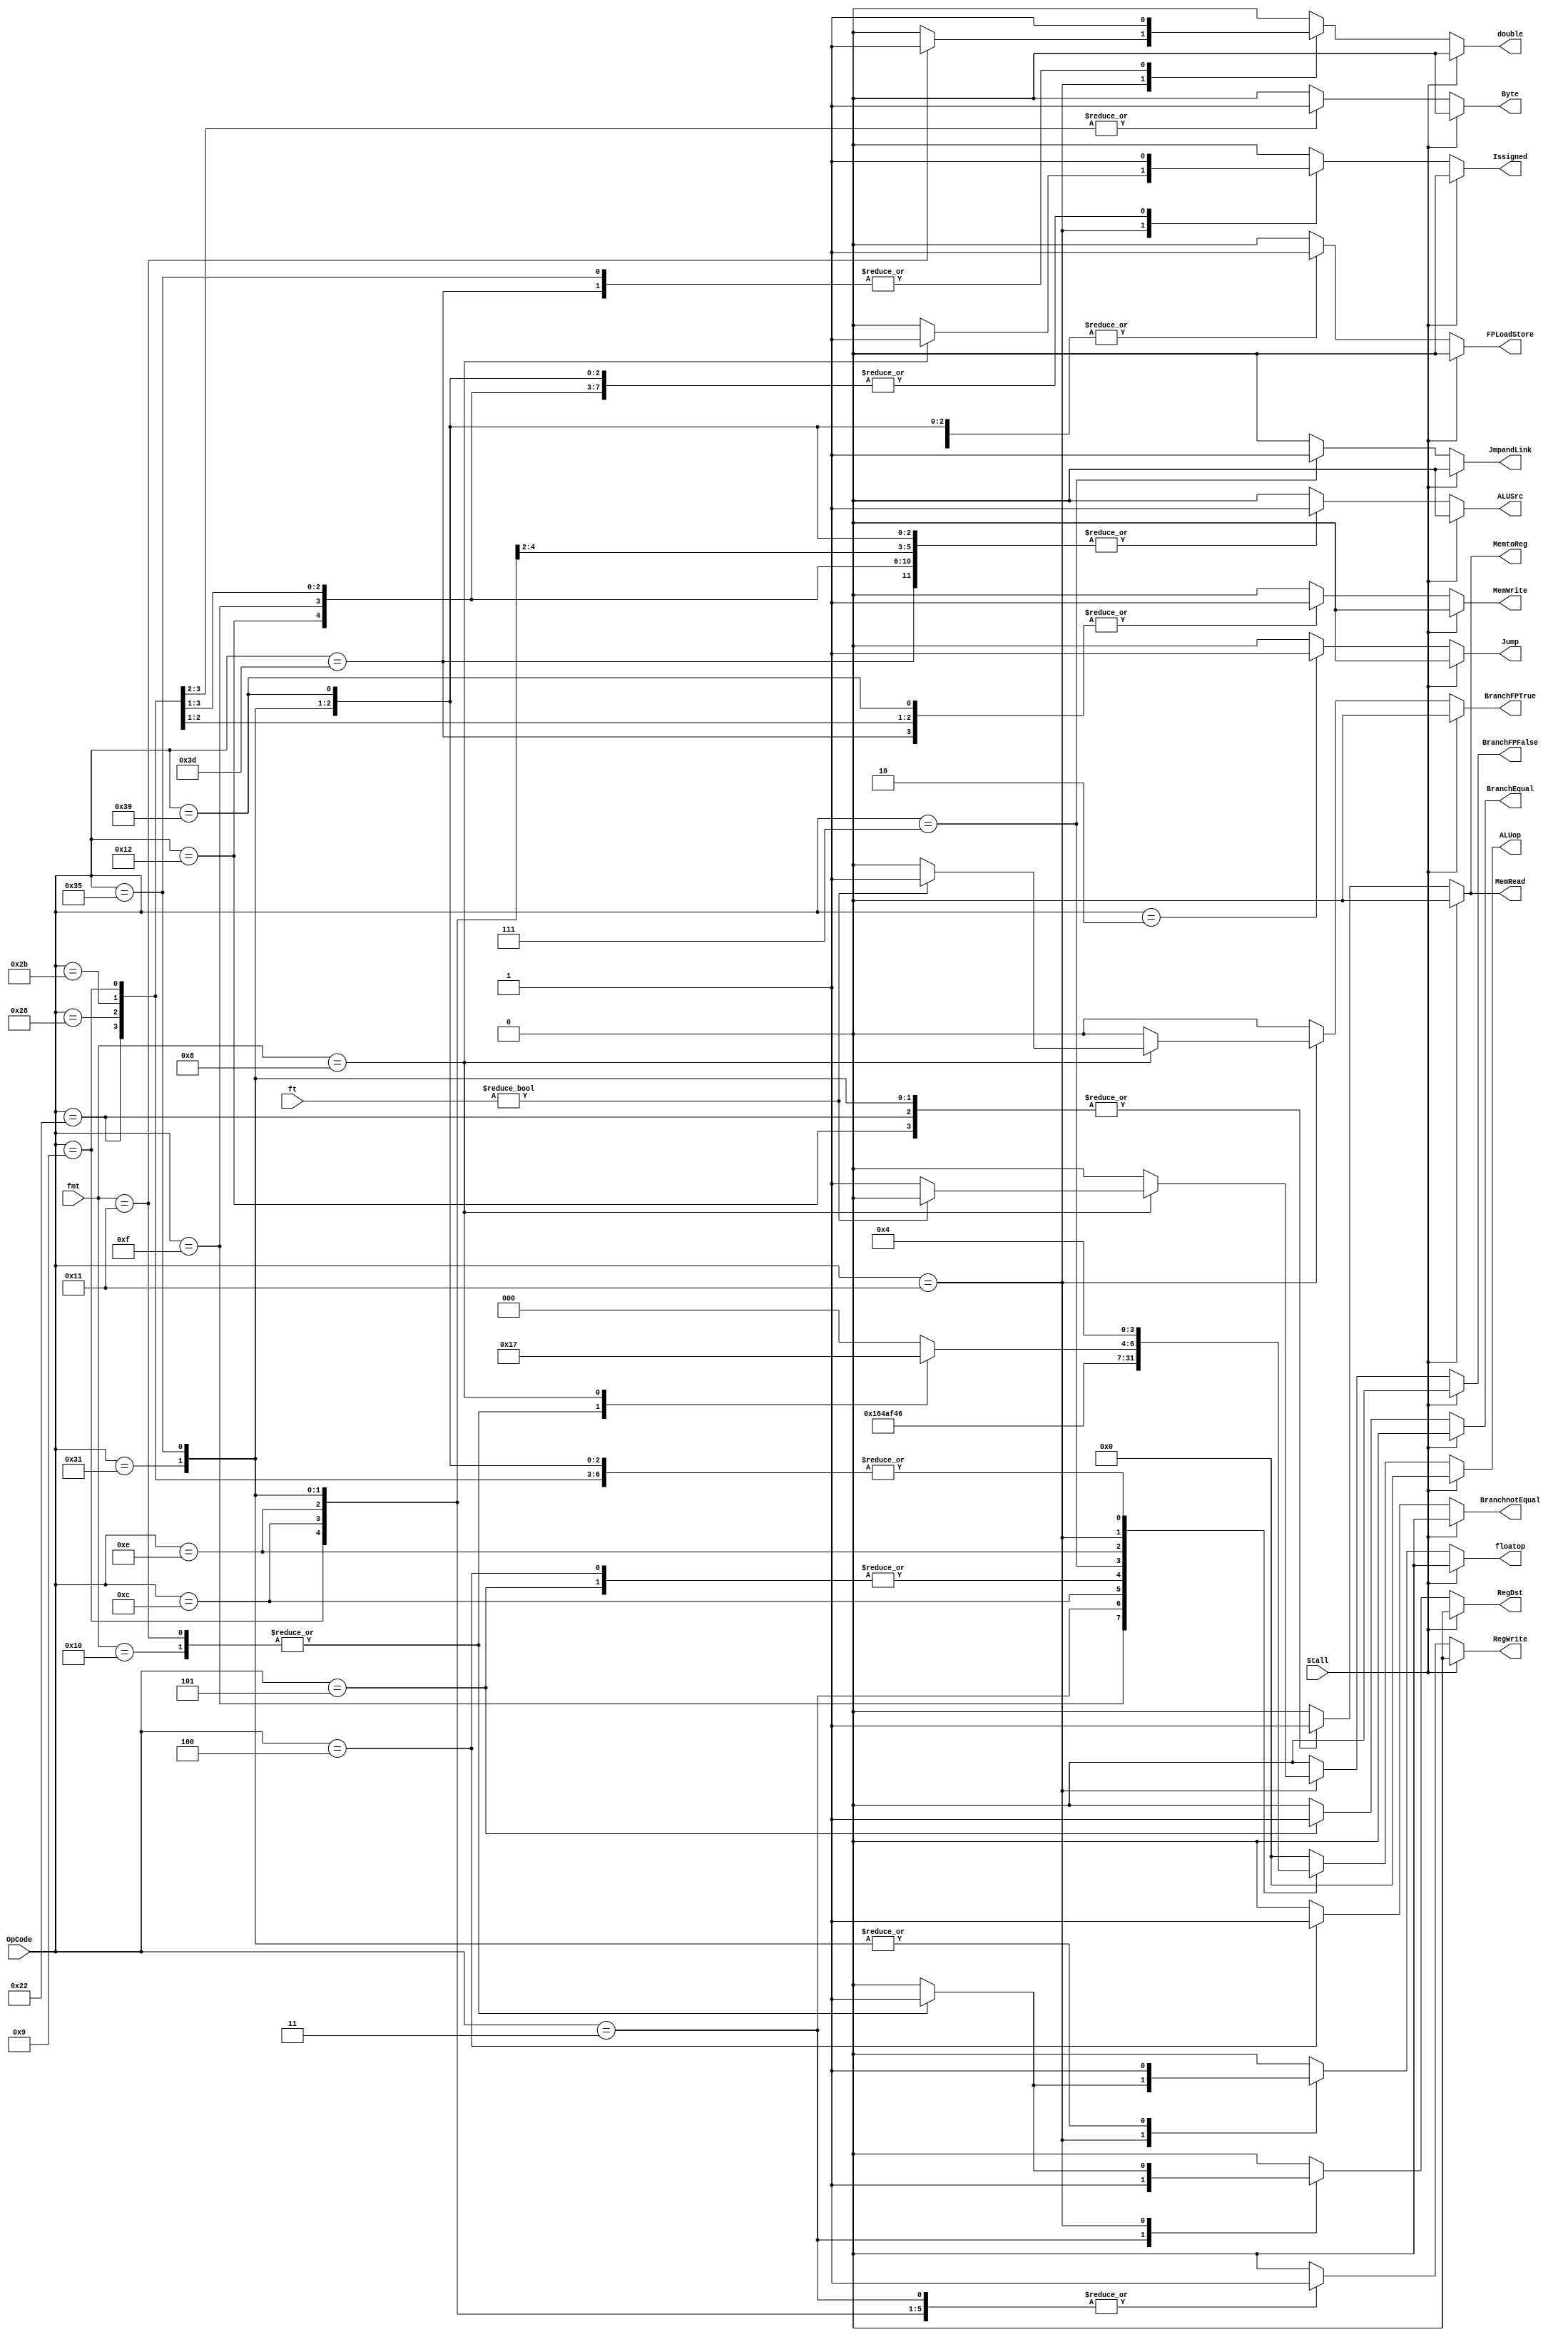
module ControlUnit (FPLoadStore, Byte, RegDst, RegWrite, MemtoReg, Jump, JmpandLink, MemRead, MemWrite, BranchEqual, BranchnotEqual, BranchFPTrue, BranchFPFalse, ALUop, ALUSrc,
						  floatop, Issigned, double, OpCode, Stall, fmt, ft);
						  						  
// input
	input [5:0] OpCode;
	input Stall;
	input [4:0] fmt, ft;
	
// output	
	output reg RegDst, RegWrite, MemtoReg, Jump, JmpandLink, MemRead, MemWrite, BranchEqual, BranchnotEqual, ALUSrc, floatop, Issigned, double,
				  Byte, BranchFPFalse, BranchFPTrue, FPLoadStore;
	output reg [3:0] ALUop;

	initial 
		begin
			FPLoadStore <= 0;
			BranchFPFalse <= 0;
			BranchFPTrue <= 0;
			floatop <= 0;
			RegDst <= 0; 
			RegWrite <= 0;
			MemtoReg <= 0;
			Jump <= 0;
			JmpandLink <= 0;
			MemRead <= 0;
			MemWrite <= 0;
			BranchEqual <= 0;
			BranchnotEqual <= 0;
			ALUSrc <= 0;
			Issigned <= 0;
			Byte <= 0;
			double <= 0;
			ALUop <= 4'h0;
		end
	
//check for the opCode in the instruction and assign the control signals
	always @ (*) begin
	
		if(Stall == 1)
			begin
				FPLoadStore <= 0;
				BranchFPFalse <= 0;
				BranchFPTrue <= 0;
				floatop <= 0;
				RegDst <= 0; 
				RegWrite <= 0;
				MemtoReg <= 0;
				Jump <= 0;
				JmpandLink <= 0;
				MemRead <= 0;
				MemWrite <= 0;
				BranchEqual <= 0;
				BranchnotEqual <= 0;
				ALUSrc <= 0;
				Issigned <= 0;
				Byte <= 0;
				double <= 0;
				ALUop <= 4'h0;
			end
			
		else
			begin
				case(OpCode)
				
				default:
					begin
						floatop <= 0;
						RegDst <= 0; 
						double <= 0;
						RegWrite <= 0;
						FPLoadStore <= 0;
						MemtoReg <= 0;
						Jump <= 0;
						JmpandLink <= 0;
						MemRead <= 0;
						MemWrite <= 0;
						BranchEqual <= 0;
						BranchnotEqual <= 0;
						ALUSrc <= 0;
						Issigned <= 0;
						Byte <= 0;
						BranchFPFalse <= 0;
						BranchFPTrue <= 0;
						ALUop <= 4'h0;
					end
					
				//load word
				6'h12:
					begin
						RegDst <= 0; 
						RegWrite <= 1;
						FPLoadStore <= 0;
						double <= 0;
						MemtoReg <= 1;
						Jump <= 0;
						JmpandLink <= 0;
						MemRead <= 1;
						MemWrite <= 0;
						BranchEqual <= 0;
						BranchnotEqual <= 0;
						ALUSrc <= 1;
						Issigned <= 1;
						Byte <= 0;
						floatop <= 0;
						BranchFPFalse <= 0;
						BranchFPTrue <= 0;
						ALUop <= 4'h4;
					end
					
				//Load Upper Immediate
				6'hf:
					begin
						RegDst <= 0; 
						RegWrite <= 1;
						double <= 0;
						MemtoReg <= 0;
						Jump <= 0;
						JmpandLink <= 0;
						FPLoadStore <= 0;
						MemRead <= 0;
						MemWrite <= 0;
						BranchEqual <= 0;
						BranchnotEqual <= 0;
						ALUSrc <= 1; //extended imm
						Issigned <= 1;
						Byte <= 0;
						floatop <= 0;
						BranchFPFalse <= 0;
						BranchFPTrue <= 0;
						ALUop <= 4'hb; //sll 16 for op2 
					end
					
				//Load Byte Unsigned
				6'h22:
					begin
						RegDst <= 0; 
						RegWrite <= 1;
						MemtoReg <= 1;
						Jump <= 0;
						JmpandLink <= 0;
						FPLoadStore <= 0;
						double <= 0;
						MemRead <= 1;
						MemWrite <= 0;
						BranchEqual <= 0;
						BranchnotEqual <= 0;
						ALUSrc <= 1;
						Issigned <= 1;
						Byte <= 1;
						floatop <= 0;
						BranchFPFalse <= 0;
						BranchFPTrue <= 0;
						ALUop <= 4'h4;
					end
					
				//Store Byte
				6'h28:
					begin
						RegDst <= 0; 
						RegWrite <= 0;
						MemtoReg <= 0;
						Jump <= 0;
						JmpandLink <= 0;
						double <= 0;
						FPLoadStore <= 0;
						MemRead <= 0;
						MemWrite <= 1;
						BranchEqual <= 0;
						BranchnotEqual <= 0;
						ALUSrc <= 1;
						Issigned <= 1;
						Byte <= 1;
						floatop <= 0;
						BranchFPFalse <= 0;
						BranchFPTrue <= 0;
						ALUop <= 4'h4;
					end
						
				//store word
				6'h2b:
					begin
						RegDst <= 0; 
						RegWrite <= 0;
						MemtoReg <= 0;
						Jump <= 0;
						JmpandLink <= 0;
						FPLoadStore <= 0;
						MemRead <= 0;
						MemWrite <= 1;
						BranchEqual <=0;
						double <= 0;
						BranchnotEqual <= 0;
						ALUSrc <= 1;
						Issigned <= 1;
						Byte <= 0;
						floatop <= 0;
						BranchFPFalse <= 0;
						BranchFPTrue <= 0;
						ALUop <= 4'h4;
					end
					
				//R instructions
				6'h3:
					begin
						RegDst <= 1; 
						RegWrite <= 1;
						MemtoReg <= 0;
						Jump <= 0;
						JmpandLink <= 0;
						FPLoadStore <= 0;
						MemRead <= 0;
						MemWrite <= 0;
						BranchEqual <= 0;
						double <= 0;
						BranchnotEqual <= 0;
						ALUSrc <= 0;
						Issigned <= 0;
						Byte <= 0;
						floatop <= 0;
						BranchFPFalse <= 0;
						BranchFPTrue <= 0;
						ALUop <= 4'h2;
					end
					
				//addi
				6'h9:
					begin
						RegDst <= 0; 
						RegWrite <= 1;
						MemtoReg <= 0;
						Jump <= 0;
						JmpandLink <= 0;
						MemRead <= 0;
						MemWrite <= 0;
						BranchEqual <= 0;
						FPLoadStore <= 0;
						double <= 0;
						BranchnotEqual <= 0;
						ALUSrc <= 1;
						Issigned <= 0;
						Byte <= 0;
						floatop <= 0;
						BranchFPFalse <= 0;
						BranchFPTrue <= 0;
						BranchFPFalse <= 0;
						BranchFPTrue <= 0;
						ALUop <= 4'h4;
					end

				//andi
				6'hc:
					begin
						RegDst <= 0; 
						RegWrite <= 1;
						MemtoReg <= 0;
						Jump <= 0;
						JmpandLink <= 0;
						FPLoadStore <= 0;
						MemRead <= 0;
						MemWrite <= 0;
						BranchEqual <= 0;
						double <= 0;
						BranchnotEqual <= 0;
						ALUSrc <= 1;
						Issigned <= 0;
						Byte <= 0;
						floatop <= 0;
						BranchFPFalse <= 0;
						BranchFPTrue <= 0;
						BranchFPFalse <= 0;
						BranchFPTrue <= 0;
						ALUop <= 4'h5;
					end
				
				//branch on equal
				6'h5:
					begin
						RegDst <= 0; 
						RegWrite <= 0;
						MemtoReg <= 0;
						Jump <= 0;
						JmpandLink <= 0;
						FPLoadStore <= 0;
						MemRead <= 0;
						MemWrite <= 0;
						double <= 0;
						BranchEqual <= 1;
						BranchnotEqual <= 0;
						ALUSrc <= 0;
						Issigned <= 1;
						Byte <= 0;
						floatop <= 0;
						BranchFPFalse <= 0;
						BranchFPTrue <= 0;
						ALUop <= 4'h7; 
					end
					
				//Branch Not Equal
				6'h4:
					begin
						RegDst <= 0; 
						RegWrite <= 0;
						MemtoReg <= 0;
						FPLoadStore <= 0;
						Jump <= 0;
						JmpandLink <= 0;
						double <= 0;
						MemRead <= 0;
						MemWrite <= 0;
						BranchEqual <= 0;
						BranchnotEqual <= 1;
						ALUSrc <= 0;
						Issigned <= 1;
						Byte <= 0;
						floatop <= 0;
						BranchFPFalse <= 0;
						BranchFPTrue <= 0;
						ALUop <= 4'h7;
					end
					
				//Jump and Link
				6'h7:
					begin
						RegDst <= 0; 
						RegWrite <= 1;
						MemtoReg <= 0;
						Jump <= 0;
						JmpandLink <= 1;
						FPLoadStore <= 0;
						MemRead <= 0;
						MemWrite <= 0;
						BranchEqual <= 0;
						double <= 0;
						BranchnotEqual <= 0;
						ALUSrc <= 0;
						Issigned <= 0;
						Byte <= 0;
						floatop <= 0;
						BranchFPFalse <= 0;
						BranchFPTrue <= 0;
						ALUop <= 4'ha;
					end
						
				//Jump
				6'h2:
					begin
						RegDst <= 0; 
						RegWrite <= 0;
						MemtoReg <= 0;
						Jump <= 1;
						JmpandLink <= 0;
						FPLoadStore <= 0;
						MemRead <= 0;
						MemWrite <= 0;
						BranchEqual <= 0;
						double <= 0;
						BranchnotEqual <= 0;
						ALUSrc <= 0;
						Issigned <= 0;
						Byte <= 0;
						floatop <= 0;
						BranchFPFalse <= 0;
						BranchFPTrue <= 0;
						ALUop <= 4'h0;
					end
						
				//Or immediate
				6'he:
					begin
						RegDst <= 0; 
						RegWrite <= 1;
						MemtoReg <= 0;
						Jump <= 0;
						JmpandLink <= 0;
						FPLoadStore <= 0;
						MemRead <= 0;
						MemWrite <= 0;
						BranchEqual <= 0;
						double <= 0;
						BranchnotEqual <= 0;
						ALUSrc <= 1;
						Issigned <= 0;
						Byte <= 0;
						floatop <= 0;
						BranchFPFalse <= 0;
						BranchFPTrue <= 0;
						ALUop <= 4'h3;
					end
					
				// FR and FI instructions
				6'h11:
					begin
						case(fmt)
							default:
								begin
									floatop <= 0;
									RegDst <= 0; 
									RegWrite <= 0;
									MemtoReg <= 0;
									Jump <= 0;
									JmpandLink <= 0;
									FPLoadStore <= 0;
									MemRead <= 0;
									MemWrite <= 0;
									BranchEqual <= 0;
									BranchnotEqual <= 0;
									ALUSrc <= 0;
									Issigned <= 0;
									Byte <= 0;
									BranchFPFalse <= 0;
									BranchFPTrue <= 0;
									double <= 0;
									ALUop <= 4'h0;
								end
								
							// compare and add single
							5'h10:
								begin
									floatop <= 1;
									RegDst <= 1; 
									RegWrite <= 0;
									MemtoReg <= 0;
									FPLoadStore <= 0;
									Jump <= 0;
									JmpandLink <= 0;
									MemRead <= 0;
									MemWrite <= 0;
									BranchEqual <= 0;
									BranchnotEqual <= 0;
									ALUSrc <= 0;
									Issigned <= 0;
									Byte <= 0;
									BranchFPFalse <= 0;
									BranchFPTrue <= 0;
									double <= 0;
									ALUop <= 4'h2;
								end
									
							// compare and add double
							5'h11:
								begin
									floatop <= 1;
									RegDst <= 1; 
									RegWrite <= 0;
									MemtoReg <= 0;
									FPLoadStore <= 0;
									Jump <= 0;
									JmpandLink <= 0;
									MemRead <= 0;
									MemWrite <= 0;
									BranchEqual <= 0;
									BranchnotEqual <= 0;
									ALUSrc <= 0;
									Issigned <= 0;
									Byte <= 0;
									BranchFPFalse <= 0;
									BranchFPTrue <= 0;
									double <= 1;
									ALUop <= 4'h2;
								end
								
							//Branch FP on True and False
							5'h8:
								if(ft) // Branch on true
									begin
										RegDst <= 0; 
										RegWrite <= 0;
										MemtoReg <= 0;
										Jump <= 0;
										JmpandLink <= 0;
										FPLoadStore <= 0;
										MemRead <= 0;
										MemWrite <= 0;
										double <= 0;
										BranchEqual <= 0;
										BranchnotEqual <= 0;
										ALUSrc <= 0;
										Issigned <= 1;
										Byte <= 0;
										floatop <= 0;
										BranchFPFalse <= 0;
										BranchFPTrue <= 1;
										ALUop <= 4'h7; 
									end
									
								else // Branch on false
									begin
										RegDst <= 0; 
										RegWrite <= 0;
										MemtoReg <= 0;
										Jump <= 0;
										JmpandLink <= 0;
										FPLoadStore <= 0;
										MemRead <= 0;
										MemWrite <= 0;
										double <= 0;
										BranchEqual <= 0;
										BranchnotEqual <= 0;
										ALUSrc <= 0;
										Issigned <= 1;
										Byte <= 0;
										floatop <= 0;
										BranchFPFalse <= 1;
										BranchFPTrue <= 0;
										ALUop <= 4'h7; 
									end
						endcase
					end
					
				// FP load single
				6'h31:
					begin
						floatop <= 1;
						RegDst <= 0; 
						RegWrite <= 1;
						MemtoReg <= 1;
						Jump <= 0;
						double <= 0;
						FPLoadStore <= 1;
						JmpandLink <= 0;
						MemRead <= 1;
						MemWrite <= 0;
						BranchEqual <= 0;
						BranchnotEqual <= 0;
						ALUSrc <= 1;
						Issigned <= 1;
						Byte <= 0;
						BranchFPFalse <= 0;
						BranchFPTrue <= 0;
						ALUop <= 4'h4;
					end
					
				// FP load double
				6'h35:
					begin
						floatop <= 1;
						RegDst <= 0; 
						RegWrite <= 1;
						MemtoReg <= 1;
						Jump <= 0;
						double <= 1;
						JmpandLink <= 0;
						FPLoadStore <= 1;
						MemRead <= 1;
						MemWrite <= 0;
						BranchEqual <= 0;
						BranchnotEqual <= 0;
						ALUSrc <= 1;
						Issigned <= 1;
						Byte <= 0;
						BranchFPFalse <= 0;
						BranchFPTrue <= 0;
						ALUop <= 4'h4;
					end
					
				// FP store single 
				6'h39:
					begin
						RegDst <= 0; 
						RegWrite <= 0;
						MemtoReg <= 0;
						FPLoadStore <= 1;
						Jump <= 0;
						JmpandLink <= 0;
						MemRead <= 0;
						MemWrite <= 1;
						BranchEqual <=0;
						double <= 0;
						BranchnotEqual <= 0;
						ALUSrc <= 1;
						Issigned <= 1;
						Byte <= 0;
						floatop <= 0;
						BranchFPFalse <= 0;
						BranchFPTrue <= 0;
						ALUop <= 4'h4;
					end
				
				// FP store double 
				6'h3d:
					begin
						RegDst <= 0; 
						RegWrite <= 0;
						MemtoReg <= 0;
						Jump <= 0;
						JmpandLink <= 0;
						FPLoadStore <= 1;
						MemRead <= 0;
						MemWrite <= 1;
						BranchEqual <=0;
						double <= 1;
						BranchnotEqual <= 0;
						ALUSrc <= 1;
						Issigned <= 1;
						Byte <= 0;
						floatop <= 0;
						BranchFPFalse <= 0;
						BranchFPTrue <= 0;
						ALUop <= 4'h4;
					end
				
					
				endcase 
			end
		end
endmodule